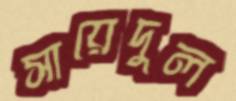
সায়েদুল